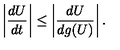
\left\vert \frac { d U } { d t } \right\vert \le \left\vert \frac { d U } { d g ( U ) } \right\vert .